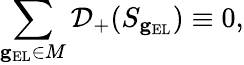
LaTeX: \sum_{\mathbf{g}_{\mathrm{EL}}\in M}\mathcal{D}_{+}(S_{\mathbf{g}_{\mathrm{EL}}})\equiv 0,